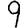
Digit: 9